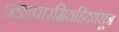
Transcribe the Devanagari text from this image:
प्रज्ञापारमितह्रिदयसूत्र